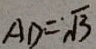
A D = . \sqrt { 3 }